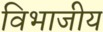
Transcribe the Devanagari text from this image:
विभाजीय